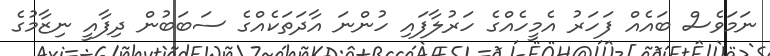
ނަމަވެސް ބައެއް ފަހަރު އެމީހެއްގެ ހަރުލާފައި ހުންނަ އާދަތަކެއްގެ ސަބަބުން ދިފާއީ ނިޒާމުގެ